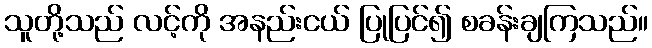
သူတို့သည် လင့်ကို အနည်းငယ် ပြုပြင်၍ စခန်းချကြသည်။